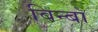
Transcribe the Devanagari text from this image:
विन्बॉ